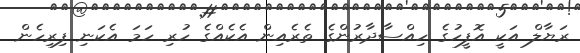
ރަޔާލް އަކީ އޮފީހުގެ ހިއްސާދާރުންގެ ތެރެއިން އެކެއްގެ ހުރި ހަމަ އެކަނި ފިރިހެން